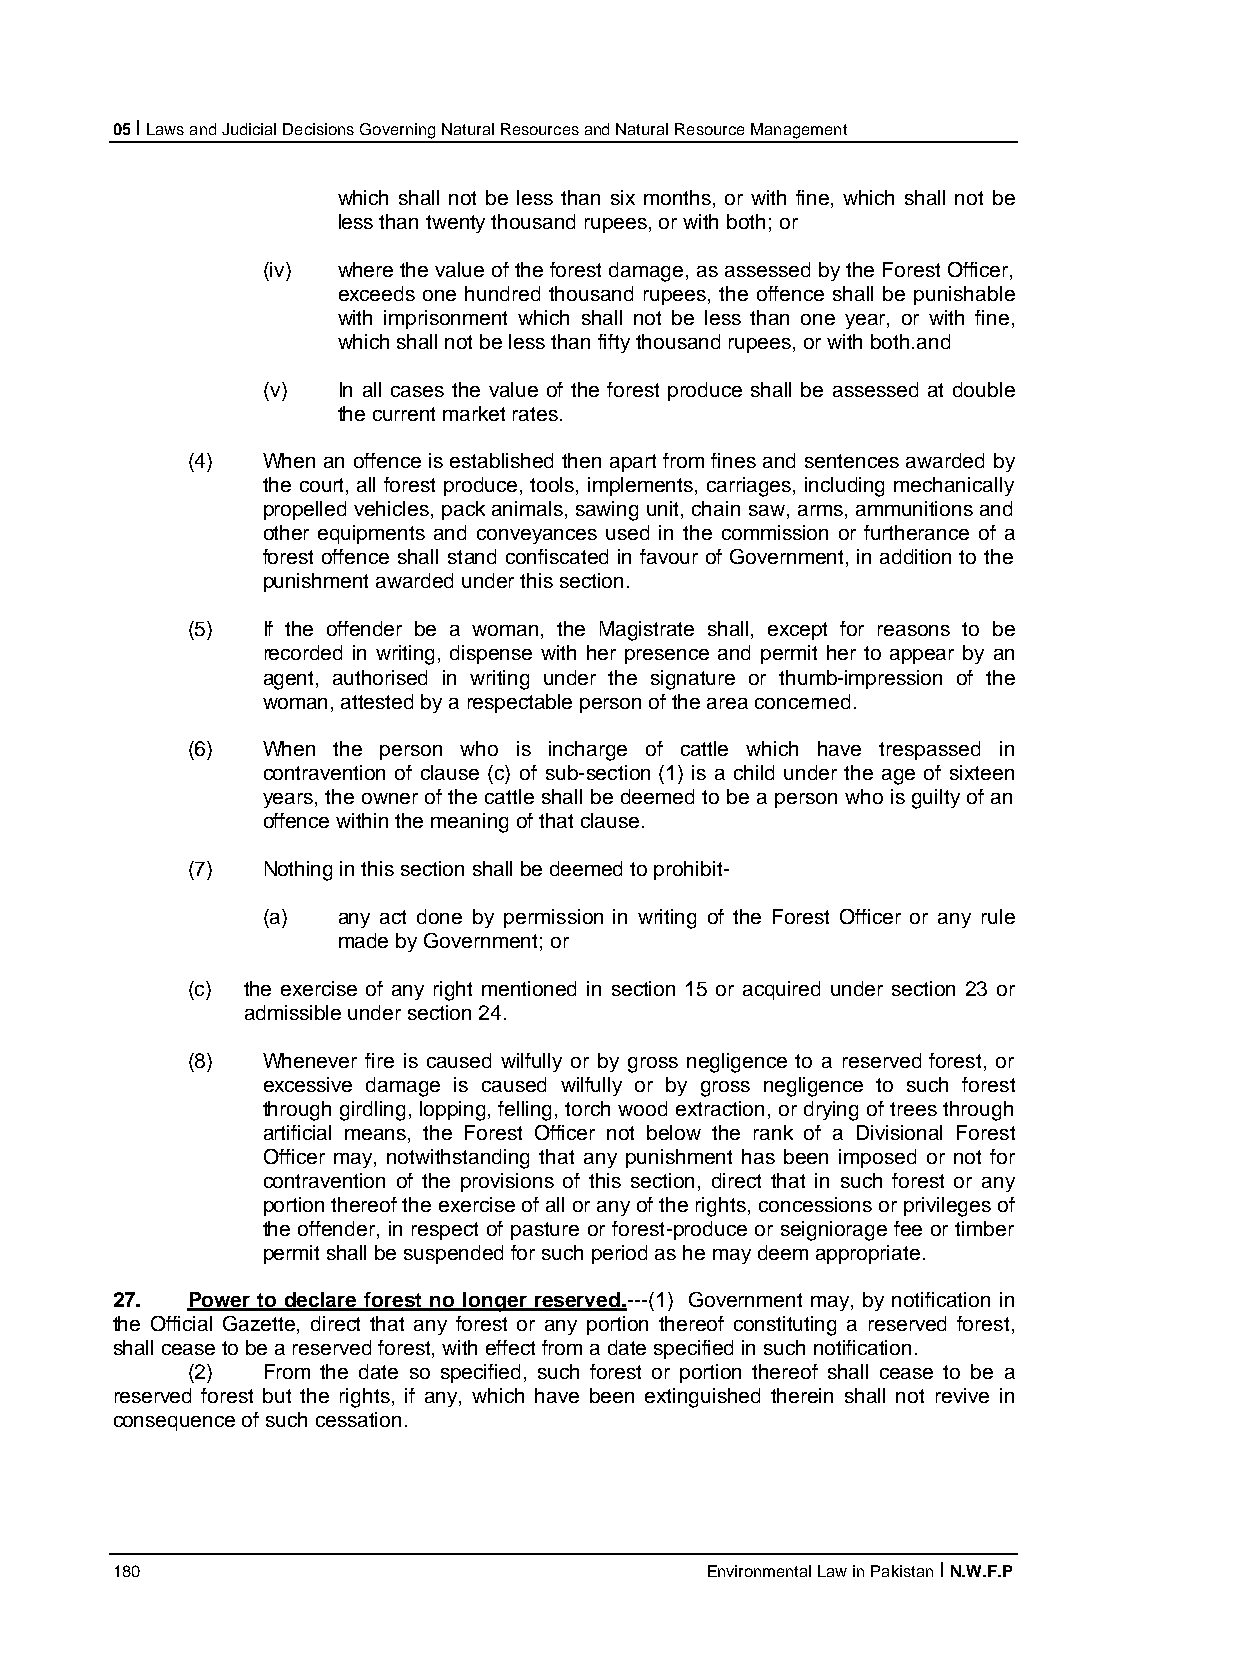
05 I Laws and Judicial Decisions Governing Natural Resources and Natural Resource Management
 which shall not be less than six months, or with fine, which shall not be
 less than twenty thousand rupees, or with both; or
 (iv) where the value of the forest damage, as assessed by the Forest Officer,
 exceeds one hundred thousand rupees, the offence shall be punishable
 with imprisonment which shall not be less than one year, or with fine,
 which shall not be less than fifty thousand rupees, or with both.and
 (v)  In all cases the value of the forest produce shall be assessed at double
 the current market rates.
 (4)  When an offence is established then apart from fines and sentences awarded by
 the court, all forest produce, tools, implements, carriages, including mechanically
 propelled vehicles, pack animals, sawing unit, chain saw, arms, ammunitions and
 other equipments and conveyances used in the commission or furtherance of a
 forest offence shall stand confiscated in favour of Government, in addition to the
 punishment awarded under this section.
 (5)  If the offender be a woman, the Magistrate shall, except for reasons to be
 recorded in writing, dispense with her presence and permit her to appear by an
 agent, authorised in writing under the signature or thumb-impression of the
 woman, attested by a respectable person of the area concerned.
 (6)  When the person who is incharge of cattle which have trespassed in
 contravention of clause (c) of sub-section (1) is a child under the age of sixteen
 years, the owner of the cattle shall be deemed to be a person who is guilty of an
 offence within the meaning of that clause.
 (7)  Nothing in this section shall be deemed to prohibit-
 (a)  any act done by permission in writing of the Forest Officer or any rule
 made by Government; or
 (c) the exercise of any right mentioned in section 15 or acquired under section 23 or
 admissible under section 24.
 (8)  Whenever fire is caused wilfully or by gross negligence to a reserved forest, or
 excessive damage is caused wilfully or by gross negligence to such forest
 through girdling, lopping, felling, torch wood extraction, or drying of trees through
 artificial means, the Forest Officer not below the rank of a Divisional Forest
 Officer may, notwithstanding that any punishment has been imposed or not for
 contravention of the provisions of this section, direct that in such forest or any
 portion thereof the exercise of all or any of the rights, concessions or privileges of
 the offender, in respect of pasture or forest-produce or seigniorage fee or timber
 permit shall be suspended for such period as he may deem appropriate.
 27.  Power to declare forest no longer reserved.---(1) Government may, by notification in
 the Official Gazette, direct that any forest or any portion thereof constituting a reserved forest,
 shall cease to be a reserved forest, with effect from a date specified in such notification.
 (2)  From the date so specified, such forest or portion thereof shall cease to be a
 reserved forest but the rights, if any, which have been extinguished therein shall not revive in
 consequence of such cessation.
 180                                     Environmental Law in Pakistan I N.W.F.P